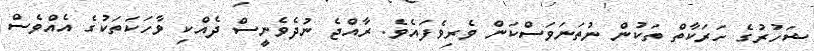
ޝަހުރުގެ ހަރަކާތް ތަކުން ނުތަނަވަސްކަން ވެރިވެފައެވެ. ރާއްޖެ ނުދެވެނީސް ދެއްކި ވާހަކަތަކުގެ އެއްވެސް